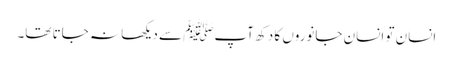
انسان تو انسان جانوروں کا دکھ آپﷺ سے دیکھا نہ جاتا تھا۔